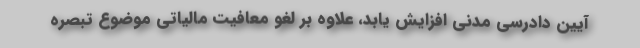
آیین دادرسی مدنی افزایش یابد، علاوه بر لغو معافیت مالیاتی موضوع تبصره